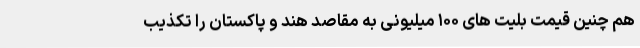
هم چنین قیمت بلیت های ۱۰۰ میلیونی به مقاصد هند و پاکستان را تکذیب